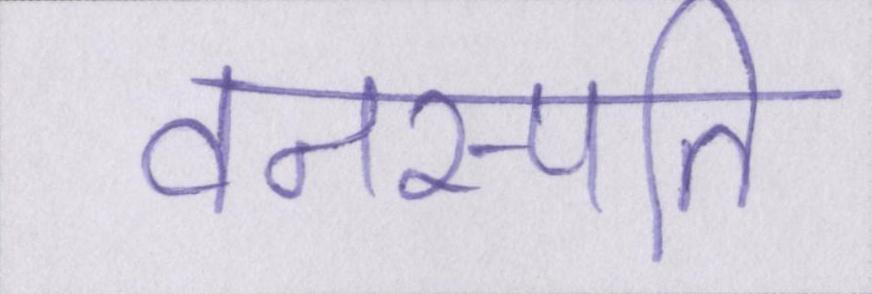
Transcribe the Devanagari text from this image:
वनस्पति